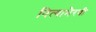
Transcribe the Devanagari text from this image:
नित्याभैरवी